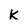
Character: K